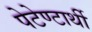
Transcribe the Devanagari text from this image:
पेटेण्टार्थी